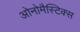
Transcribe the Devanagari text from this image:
ओनोमैस्टिक्स